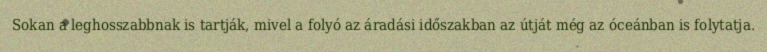
Sokan a leghosszabbnak is tartják, mivel a folyó az áradási időszakban az útját még az óceánban is folytatja.